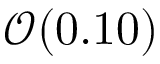
\mathcal { O } ( 0 . 1 0 )